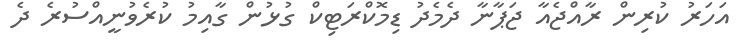
އަހަރު ކުރިން ރާއްޖެއާ ޖަޕާނާ ދެމެދު ޑިމޮކްރަޓިކް ގުޅުން ގާއިމު ކުރެވުނީއްސުރެ ދެ